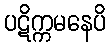
ပဋိက္ကမနေပိ